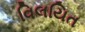
વિલયિત